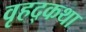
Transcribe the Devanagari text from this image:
वृहद्कथा